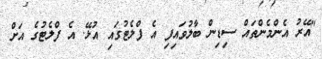
"އޭރު އެންމެންތައް ސިޑިން ބާލުވައިފި އެ ފްލެޓުގައި އުޅޭ. އެ ފްލެޓުގެ އަށް